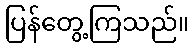
ပြန်တွေ့ကြသည်။